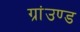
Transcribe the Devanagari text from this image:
ग्रांउण्ड